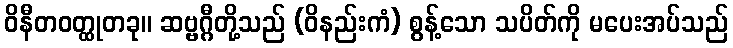
ဝိနီတဝတ္ထုတခု။ ဆဗ္ဗဂ္ဂီတို့သည် (ဝိနည်းကံ) စွန့်သော သပိတ်ကို မပေးအပ်သည်